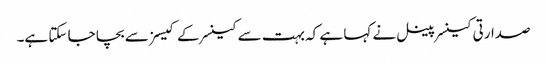
صدارتی کینسر پینل نے کہا ہے کہ بہت سے کینسر کے کیسز سے بچا جا سکتا ہے۔